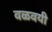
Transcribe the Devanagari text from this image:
वळवयी